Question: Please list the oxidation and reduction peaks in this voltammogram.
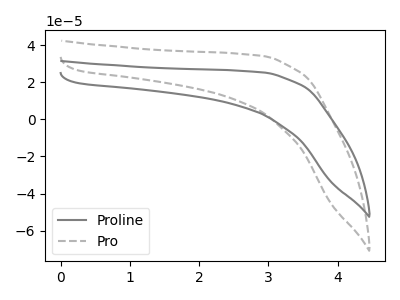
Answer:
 <answer>The gray curve "Proline" has no peaks. The gray dashed curve "Pro" has no peaks.</answer>
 <eval></eval>